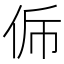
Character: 𠈩